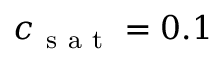
c _ { \mathrm { ~ s ~ a ~ t ~ } } = 0 . 1